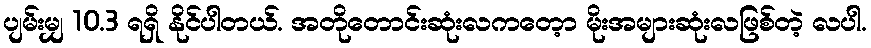
ပျမ်းမျှ 10.3 ရရှိ နိုင်ပါတယ်. အတိုတောင်းဆုံးလကတေ့ာ မိုးအများဆုံးလဖြစ်တဲ့ လပါ.